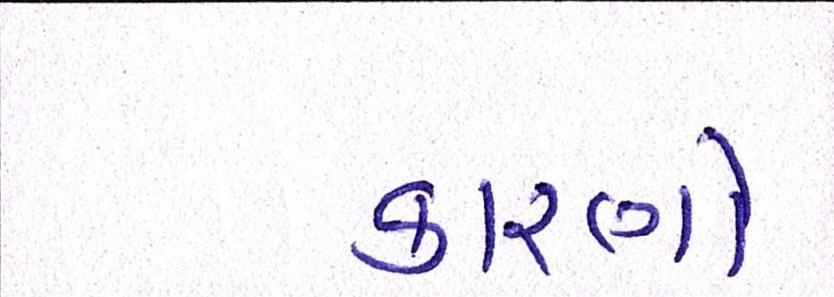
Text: કારણો